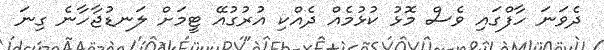
ދެވަނަ ހާފްގައި ވެސް މޮޅު ކުޅުމެއް ދެއްކި އުރުގުއޭ ޓީމަށް ލަނޑުޖާހާނެ ގިނަ